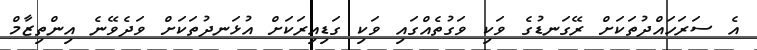
އެ ސަރަހައްދުތަކަށް ރޭގަނޑުގެ ވަކި ވަގުތެއްގައި ވަކި ގަޑިއިރަކަށް އުޅަނދުތަކަށް ވަދެވޭނެ އިންތިޒާމް